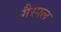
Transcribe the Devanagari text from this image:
गैस्पल